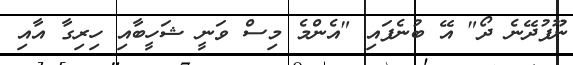
ނޫފުދޭނެ ދޯ" އޭ ބުނެފައި "އެންމެ މިސް ވަނީ ޝަހީބާއި ހިރިގާ އާއި